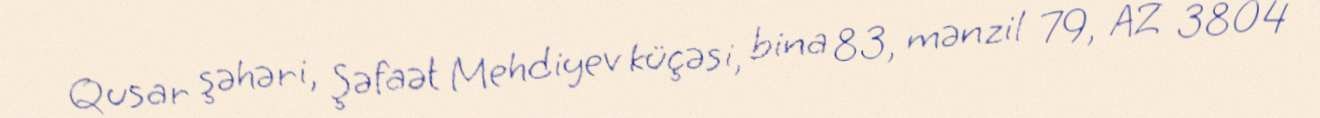
Qusar şəhəri, Şəfaət Mehdiyev küçəsi, bina 83, mənzil 79, AZ 3804